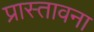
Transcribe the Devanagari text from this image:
प्रास्तावना